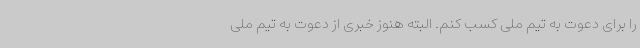
را برای دعوت به تیم ملی کسب کنم. البته هنوز خبری از دعوت به تیم ملی